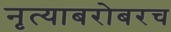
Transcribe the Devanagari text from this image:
नृत्याबरोबरच